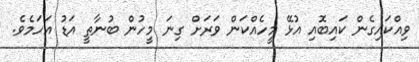
ވިއްކައިގެން ކައިބޮއި އުޅޭ މީހެއްކަން ވަރަށް ގިނަ މީހުން ބުނާތީ އަޑު އަހަމެވެ.